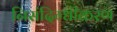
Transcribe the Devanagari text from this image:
निसंदिग्धीकरण